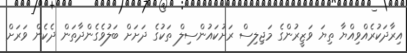
އިރާދަކުރެއްވިއްޔާ ތިޔަ ވަޒީރުންގެ މަޖިލިސް ރަށުކައުންސިލް ތަކުގެ ދަށަށް ބަލުވެގެންދާތަން ދެކެން ވަރަށް